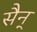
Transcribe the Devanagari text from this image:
सैन्